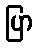
ပြာ